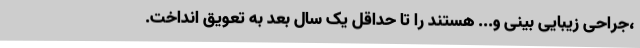
،جراحی زیبایی بینی و... هستند را تا حداقل یک سال بعد به تعویق انداخت.